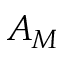
A _ { M }